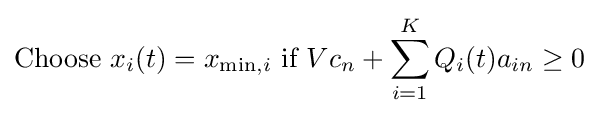
{\text{Choose }}x_{i}(t)=x_{\min ,i}{\text{ if }}Vc_{n}+\sum _{i=1}^{K}Q_{i}(t)a_{in}\geq 0